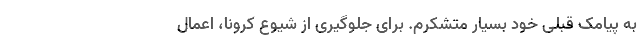
به پیامک قبلی خود بسیار متشکرم. برای جلوگیری از شیوع کرونا، اعمال